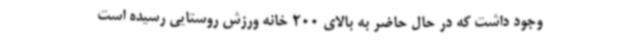
وجود داشت که در حال حاضر به بالای 200 خانه ورزش روستایی رسیده است